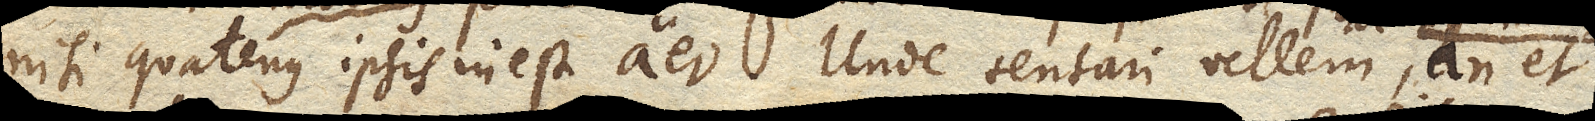
nisi quatenus ipsis inest aer. Unde tentari vellem an et